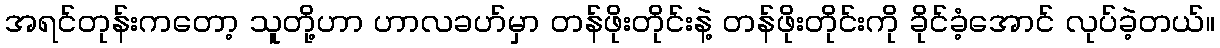
အရင်တုန်းကတော့ သူတို့ဟာ ဟာလခဟ်မှာ တန်ဖိုးတိုင်းနဲ့ တန်ဖိုးတိုင်းကို ခိုင်ခံ့အောင် လုပ်ခဲ့တယ်။